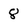
Character: 8